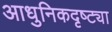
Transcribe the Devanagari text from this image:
आधुनिकदृष्ट्या